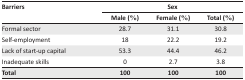
| <ROWSPAN=2> Barriers | <COLSPAN=3> Sex |
 | Male (%) | Female (%) | Total (%) |
 | --- | --- | --- | --- |
 | Formal sector | 28.7 | 31.1 | 30.8 |
 | Self-employment | 18 | 22.2 | 19.2 |
 | Lack of start-up capital | 53.3 | 44.4 | 46.2 |
 | Inadequate skills | 0 | 2.7 | 3.8 |
 | Total | 100 | 100 | 100 |